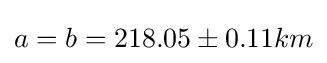
a=b=218.05\pm 0.11km